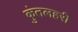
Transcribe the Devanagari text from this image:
कुंतलहरी